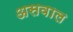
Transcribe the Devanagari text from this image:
असवाल